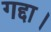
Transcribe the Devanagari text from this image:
गद्दा।